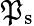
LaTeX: {\mathfrak{P}}_{\mathrm{s}}